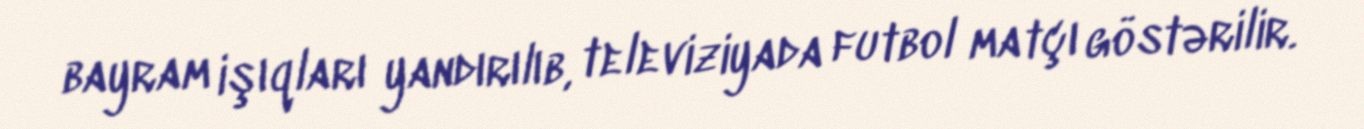
bayram işıqları yandırılıb, televiziyada futbol matçı göstərilir.